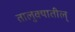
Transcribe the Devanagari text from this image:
तालुक्यातील्